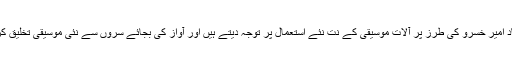
استاد دلشاد امیر خسرو کی طرز پر آلات موسیقی کے نت نئے استعمال پر توجہ دیتے ہیں اور آواز کی بجائے سروں سے نئی موسیقی تخلیق کرتے ہیں۔